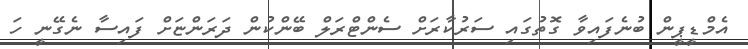
އެމްޑީޕީން ބުނެފައިވާ ގޮތުގައި ސަރުކާރަށް ސެންޓްރަލް ބޭންކުން ދަރަންޏަށް ފައިސާ ނެގޭނީ ހަ